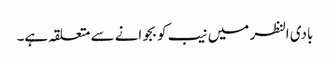
بادی النظر میں نیب کو بجوانے سے متعلقہ ہے۔